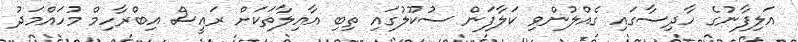
އަލިފާނުގެ ހާދިސާގައި ގެއްލުންވި ކަލާފަން ސުކޫލުގައި ތިބި އާއިލާތަކަށް ރައީސް އިބްރާހިމް މުހައްމަދު